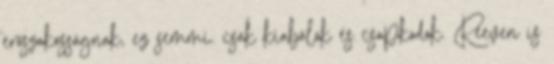
erőszakosságnak, ez semmi. csak kiabálok és csapkodok. Reeven is